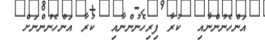
އަންހެނުންނާއި  ކުރާ ފިރިހެނުންނާއި  ކުރާ އަންހެނުންނަށް